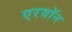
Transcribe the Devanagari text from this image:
एरवॉन